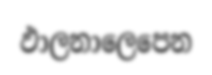
ඵාලනාලෙපෙන